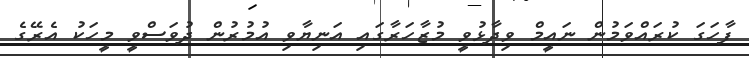
ފާހަގަ ކުރައްވަމުން ނައީމް ވިދާޅުވީ މުޒާހަރާގައި އަނިޔާވި އުމުރުން ދުވަސްވީ މީހަކު އެރޭގެ